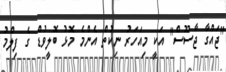
"ޖައްގާ ޖާސޫސް" އަކީ މިއަހަރު ނިކުތް އެންމެ މޮޅު ބޮލީވުޑް ގެ ފިލްމު